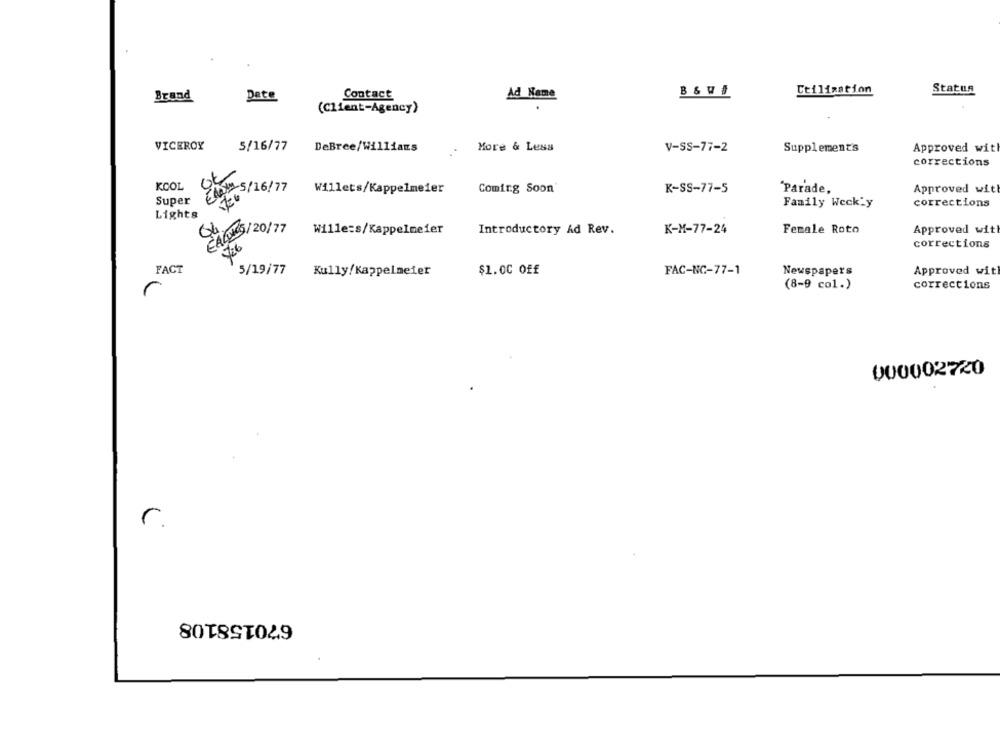
Ctilization
Statun
Brand
Date
Contact
Ad Name
(Client-Agency)
VICEROY
5/16/77
DeBree/Williams
More & Less
V-SS-77-2
Supplement's
Approved wit
corrections
KOOL
5/16/77
Willets/Kappelmeier
Coming Soon
K-SS-77-5
"Parade,
Approved with
Super
corrections
Family Wecky
Lights
CALLES/20/77
Wille:s/Kappelmeier
Introductory Ad Rev.
K-M-77-24
Female Roto
Approved with
426
corrections
FACT
5/19/77
$1.00 Off
Approved with
Kully/Kappelmeier
FAC-NC-77-1
Newspapers
(8-9 col.)
corrections
r
000002720
r.
670158108